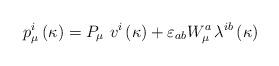
LaTeX: \begin{align*}p_\mu ^i\left( \kappa \right) =P_\mu \,\,v^i\left( \kappa \right)+\varepsilon _{ab}W_\mu ^a\,\lambda ^{ib}\left( \kappa \right)\end{align*}